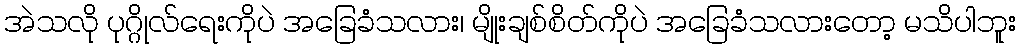
အဲသလို ပုဂ္ဂိုလ်ရေးကိုပဲ အခြေခံသလား၊ မျိုးချစ်စိတ်ကိုပဲ အခြေခံသလားတော့ မသိပါဘူး